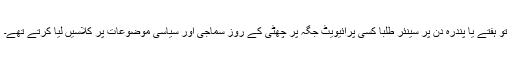
تو ہفتے یا پندرہ دن پر سینئر طلبا کسی پرائیویٹ جگہ پر چھٹی کے روز سماجی اور سیاسی موضوعات پر کلاسیں لیا کرتے تھے۔